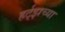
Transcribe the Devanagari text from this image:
हर्ट्‌झच्या